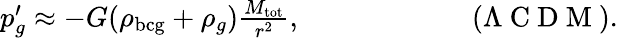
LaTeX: \begin{array}{r}{p_{g}^{\prime}\approx-G(\rho_{\mathrm{bcg}}+\rho_{g})\frac{M_{\mathrm{tot}}}{r^{2}},\qquad\qquad\qquad(\Lambda\mathrm{~C~D~M~}).}\end{array}